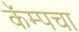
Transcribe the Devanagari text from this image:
कॅम्पचा